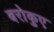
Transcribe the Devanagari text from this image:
बरोकुए